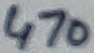
Text: 470